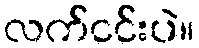
လက်ငင်းပဲ။